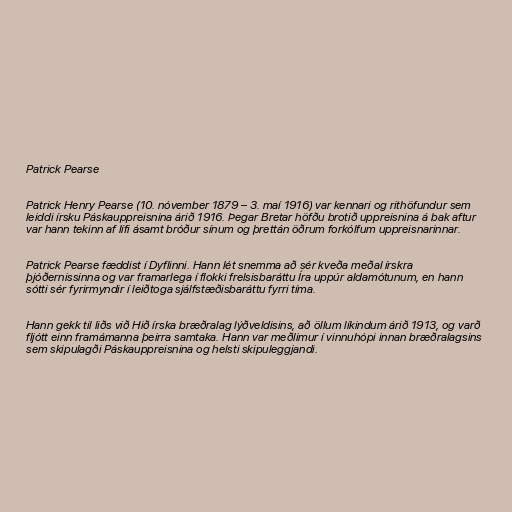
Patrick Pearse

Patrick Henry Pearse (10. nóvember 1879 – 3. maí 1916) var kennari og rithöfundur sem
leiddi írsku Páskauppreisnina árið 1916. Þegar Bretar höfðu brotið uppreisnina á bak aftur
var hann tekinn af lífi ásamt bróður sínum og þrettán öðrum forkólfum uppreisnarinnar.

Patrick Pearse fæddist í Dyflinni. Hann lét snemma að sér kveða meðal írskra
þjóðernissinna og var framarlega í flokki frelsisbaráttu Íra uppúr aldamótunum, en hann
sótti sér fyrirmyndir í leiðtoga sjálfstæðisbaráttu fyrri tíma.

Hann gekk til liðs við Hið írska bræðralag lýðveldisins, að öllum líkindum árið 1913, og varð
fljótt einn framámanna þeirra samtaka. Hann var meðlimur í vinnuhópi innan bræðralagsins
sem skipulagði Páskauppreisnina og helsti skipuleggjandi.